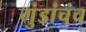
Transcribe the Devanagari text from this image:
गुंडांचंच